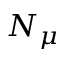
N _ { \mu }